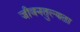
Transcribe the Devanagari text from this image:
जीवनतुल्यता